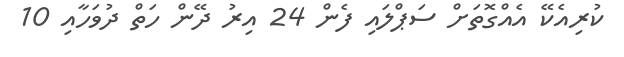
ކުރިއެކޭ އެއްގޮތަށް ސަޕްލައި ފެން 24 އިރު ދޭން ހަތް ދުވަހާއި 10